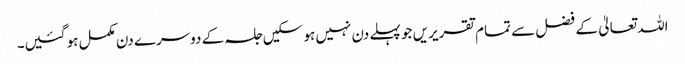
اللہ تعالیٰ کے فضل سے تمام تقریریں جو پہلے دن نہیں ہو سکیں جلسہ کے دوسرے دن مکمل ہو گئیں۔